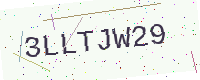
Text: 3LLTJW29